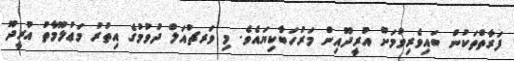
ފަރާތްތަކުން ބައިވެރިވުމަށް އުރީދޫއިން މަރުހަބާކިޔައެވެ. މި ވަރޗުއަލް ދުވުމުގެ އިތުރު މަޢުލޫމާތު އުރީދޫ